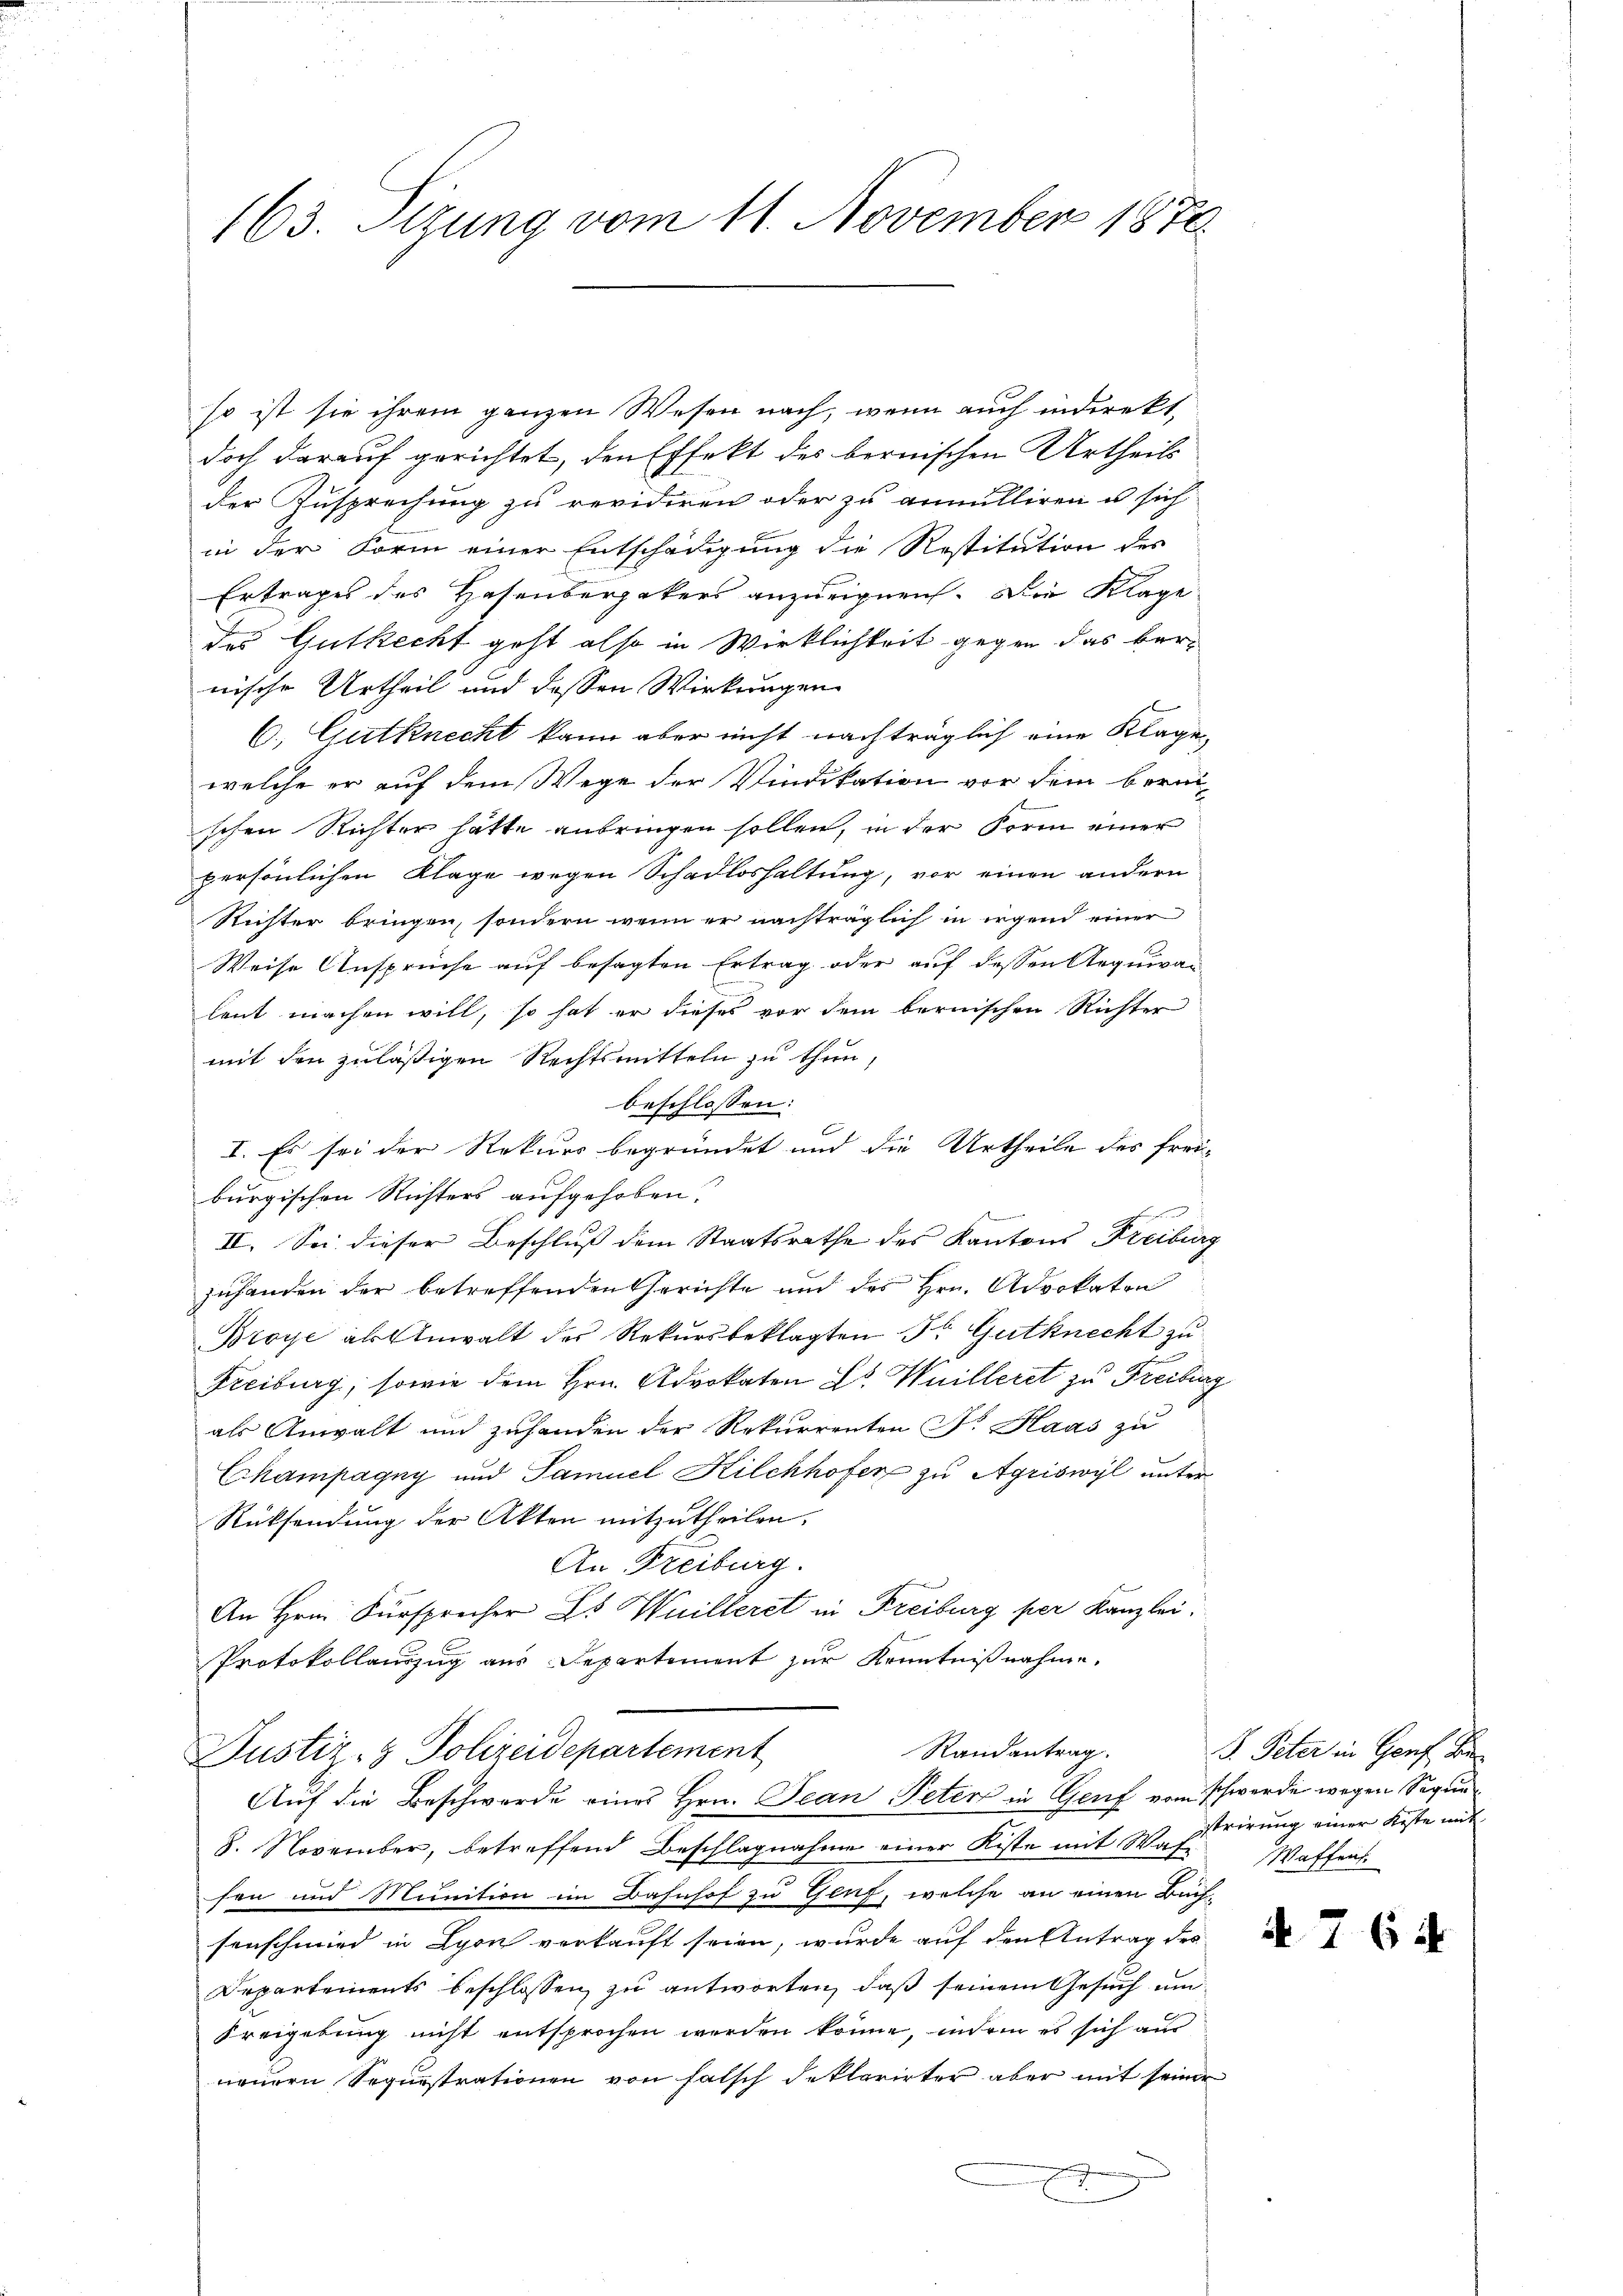
163. Sizung vom 11. November 1876

so ist sie ihrem ganzen Wesen nach, wenn auch indirekt,
doch darauf gerichtet, den Effekt des bernischen Urtheils
der Zusprechung zu revidiren oder zu annulliren u sich
in der Form einer Entschädigung die Restitution des
Ertrages des Hasenbergekers anzueignen. Die Klage
des Gutkecht geht also in Wirklichkeit gegen das vernische Urtheil und dessen Wirkungen
C.) Gutknecht kann aber nicht nachträglich eine Klage
welche er auf dem Wege der Vindikation vor dem berei-
schen Richter hätte anbringen sollen, in der Form einer
persönlichen Klage wegen Schadloshaltung, vor einen andern
Richter bringen, sondern wenn er nachträglich in irgend einer
Weise Ansprüche auf besagten Ertrag oder auf dessen Arguwan
leut machen will, so hat er dieses vor dem bernischen Richter
mit den zuläßigen Rechtsmitteln zu thun,
beschlossen:
I. Es sei der Rekurs begründet und die Urtheile des freiburgischen Nichters aufgehoben.
II. Sei dieser Beschluß dem Staatsrathe des Kantons Freiburg
zuhanden der betreffenden Gerichte und des Hrn. Advokaten
Broye als Anwalt des Rekursbeklagten Fr. Gutknecht zu
Freiburg, sowie dem Hrn. Advokaten L. Wuilleret zu Freiburg
als Anwalt und zuhanden der Rekurrenten Nr. Haas zu
Champagny und Samuel Kilchhofer zu Agriswyl unter
Rücksendung der Akten mitzutheilen.
An Freiburg.
An Hrn. Fürsprecher Es Wuilleret in Freiburg per Kanzlei.
Protokollauszug aus Departement zur Kenntnißnahme,
Randantrag
Justiz- & Polizeidepartement
Auf die Beschwerde eines Hrn. Jean Peten in Genf vom schwerde wegen Seque¬
8. November, betreffend Beschlagnahme einer Kiste mit Waf
fen und Munition im Bahnhof zu Genf, welche an einen Buchsenschmied in Lyon verkauft seien, wurde auf den Antrag des
Departements beschlossen, zu antworten, daß seinem Gesuch um
Freigebung nicht entsprochen werden könne, indem es sich aus
neuern Sequestrationen von falsch deklarirter aber mit seiner

F. Peter in Hof Be
strirung einer Koste mit
Waffen.

7

6